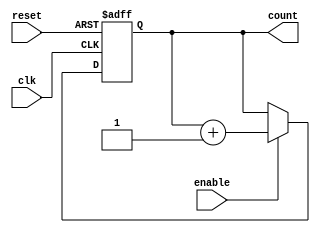
module UpCounterWithEnable #(
    parameter N = 4 // Parameter to define the bit width of the counter
)(
    input wire clk,          // Clock signal
    input wire enable,       // Enable signal
    input wire reset,        // Reset signal
    output reg [N-1:0] count // N-bit output count
);

    // Always block to handle the counting logic
    always @(posedge clk or posedge reset) begin
        if (reset) begin
            count <= 0; // Reset count to 0
        end else if (enable) begin
            count <= count + 1; // Increment count
        end
        // If enable is low, retain the current value of count
    end

endmodule